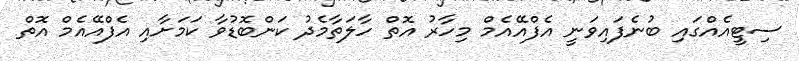
ސިޓީއެއްގައި ބުނެފައިވަނީ އެފްއޭއެމް މިހާރު އޮތް ހާލަތާމެދު ކަންބޮޑުވާ ކަމަށާއި އެފްއޭއެމް އޮތް